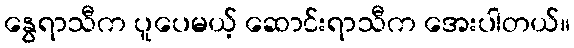
နွေရာသီက ပူပေမယ့် ဆောင်းရာသီက အေးပါတယ်။